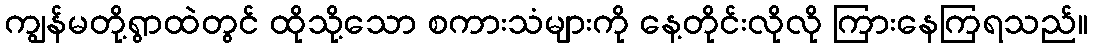
ကျွန်မတို့ရွာထဲတွင် ထိုသို့သော စကားသံများကို နေ့တိုင်းလိုလို ကြားနေကြရသည်။